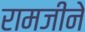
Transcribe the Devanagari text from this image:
रामजीने